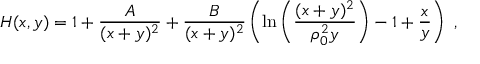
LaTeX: H ( x , y ) = 1 + { \frac { A } { ( x + y ) ^ { 2 } } } + { \frac { B } { ( x + y ) ^ { 2 } } } \left( \mathrm { l n } \left( { \frac { ( x + y ) ^ { 2 } } { \rho _ { 0 } ^ { 2 } y } } \right) - 1 + { \frac { x } { y } } \right) ~ ,